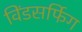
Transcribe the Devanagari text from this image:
विंडसर्फिग